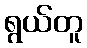
ရွယ်တူ